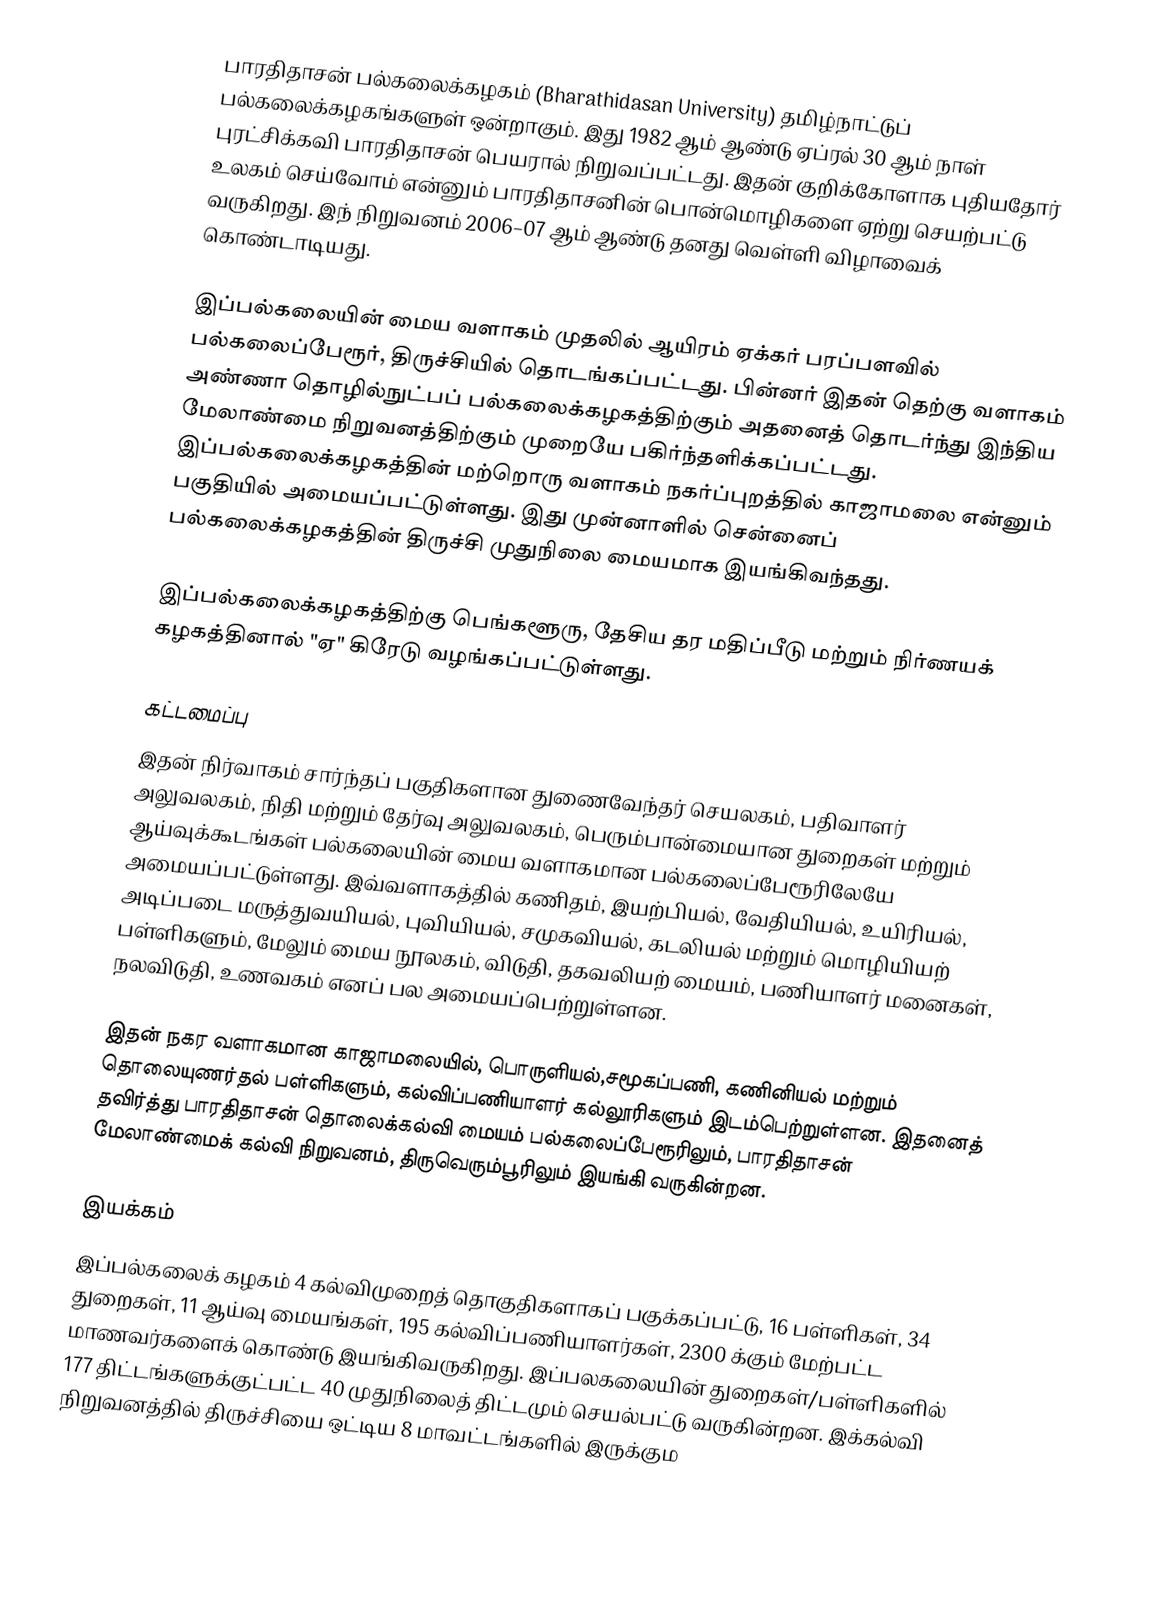
பாரதிதாசன் பல்கலைக்கழகம் (Bharathidasan University) தமிழ்நாட்டுப் பல்கலைக்கழகங்களுள் ஒன்றாகும். இது 1982 ஆம் ஆண்டு ஏப்ரல் 30 ஆம் நாள் புரட்சிக்கவி பாரதிதாசன் பெயரால் நிறுவப்பட்டது. இதன் குறிக்கோளாக புதியதோர் உலகம் செய்வோம் என்னும் பாரதிதாசனின் பொன்மொழிகளை ஏற்று செயற்பட்டு வருகிறது. இந் நிறுவனம் 2006–07 ஆம் ஆண்டு தனது வெள்ளி விழாவைக் கொண்டாடியது.

இப்பல்கலையின் மைய வளாகம் முதலில் ஆயிரம் ஏக்கர் பரப்பளவில் பல்கலைப்பேரூர், திருச்சியில் தொடங்கப்பட்டது. பின்னர் இதன் தெற்கு வளாகம் அண்ணா தொழில்நுட்பப் பல்கலைக்கழகத்திற்கும் அதனைத் தொடர்ந்து இந்திய மேலாண்மை நிறுவனத்திற்கும் முறையே பகிர்ந்தளிக்கப்பட்டது. இப்பல்கலைக்கழகத்தின் மற்றொரு வளாகம் நகர்ப்புறத்தில் காஜாமலை என்னும் பகுதியில் அமையப்பட்டுள்ளது. இது முன்னாளில் சென்னைப் பல்கலைக்கழகத்தின் திருச்சி முதுநிலை மையமாக இயங்கிவந்தது.

இப்பல்கலைக்கழகத்திற்கு பெங்களூரு, தேசிய தர மதிப்பீடு மற்றும் நிர்ணயக் கழகத்தினால் "ஏ" கிரேடு வழங்கப்பட்டுள்ளது.

கட்டமைப்பு
இதன் நிர்வாகம் சார்ந்தப் பகுதிகளான துணைவேந்தர் செயலகம், பதிவாளர் அலுவலகம், நிதி மற்றும் தேர்வு அலுவலகம், பெரும்பான்மையான துறைகள் மற்றும் ஆய்வுக்கூடங்கள் பல்கலையின் மைய வளாகமான பல்கலைப்பேரூரிலேயே அமையப்பட்டுள்ளது. இவ்வளாகத்தில் கணிதம், இயற்பியல், வேதியியல், உயிரியல், அடிப்படை மருத்துவயியல், புவியியல், சமுகவியல், கடலியல் மற்றும் மொழியியற் பள்ளிகளும், மேலும் மைய நூலகம், விடுதி, தகவலியற் மையம், பணியாளர் மனைகள், நலவிடுதி, உணவகம் எனப் பல அமையப்பெற்றுள்ளன.

இதன் நகர வளாகமான காஜாமலையில், பொருளியல்,சமூகப்பணி, கணினியல் மற்றும் தொலையுணர்தல் பள்ளிகளும், கல்விப்பணியாளர் கல்லூரிகளும் இடம்பெற்றுள்ளன. இதனைத் தவிர்த்து பாரதிதாசன் தொலைக்கல்வி மையம் பல்கலைப்பேரூரிலும், பாரதிதாசன் மேலாண்மைக் கல்வி நிறுவனம், திருவெரும்பூரிலும் இயங்கி வருகின்றன.

இயக்கம்
இப்பல்கலைக் கழகம் 4 கல்விமுறைத் தொகுதிகளாகப் பகுக்கப்பட்டு, 16 பள்ளிகள், 34 துறைகள், 11 ஆய்வு மையங்கள், 195 கல்விப்பணியாளர்கள், 2300 க்கும் மேற்பட்ட மாணவர்களைக் கொண்டு இயங்கிவருகிறது. இப்பலகலையின் துறைகள்/பள்ளிகளில் 177 திட்டங்களுக்குட்பட்ட 40 முதுநிலைத் திட்டமும் செயல்பட்டு வருகின்றன.  இக்கல்வி நிறுவனத்தில் திருச்சியை ஒட்டிய 8 மாவட்டங்களில் இருக்கும